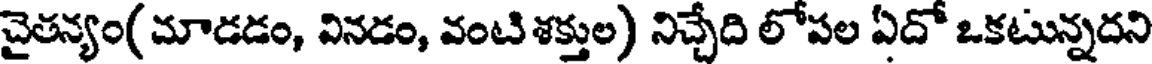
చైతన్యం( మాడడం, వినడం, వంటి శక్తుల) నిచ్చేది లోపల ఏదో ఒకటున్నదని